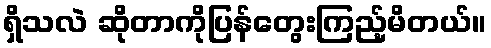
ရှိသလဲ ဆိုတာကိုပြန်တွေးကြည့်မိတယ်။